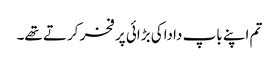
تم اپنے باپ داداکی بڑائی پر فخر کرتے تھے۔